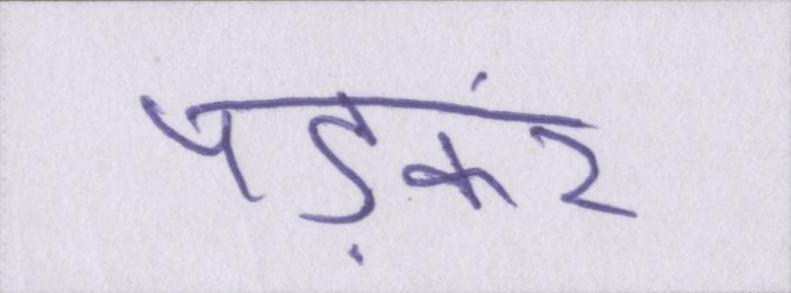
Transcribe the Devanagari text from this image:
पड़कर